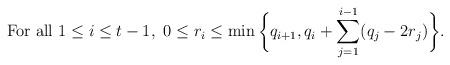
LaTeX: \begin{align*}\textrm{For all } 1\le i \le t-1, \ 0 \le r_i \le \min \bigg\{ q_{i+1}, q_i+ \sum_{j=1}^{i-1} (q_j - 2 r_j) \bigg\}.\end{align*}